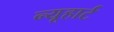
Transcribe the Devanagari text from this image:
न्यूहार्ट